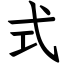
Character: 式